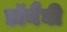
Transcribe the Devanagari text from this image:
डॉनैघी